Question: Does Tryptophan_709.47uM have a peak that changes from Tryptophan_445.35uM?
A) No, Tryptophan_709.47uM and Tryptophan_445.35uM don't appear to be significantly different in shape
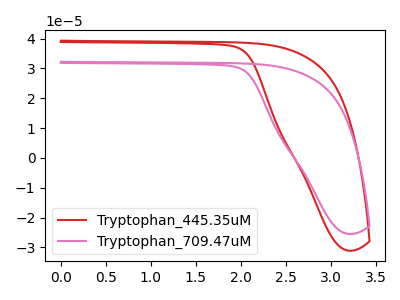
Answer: <think>The red curve "Tryptophan_445.35uM" has no peaks. The pink curve "Tryptophan_709.47uM" has no peaks.
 Neither "Tryptophan_709.47uM" or "Tryptophan_445.35uM" have any peaks.</think>
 <answer>A) No, "Tryptophan_709.47uM" and "Tryptophan_445.35uM" don't appear to be significantly different in shape</answer>
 <eval>A</eval>